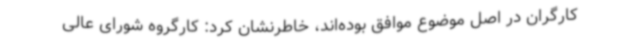
کارگران در اصل موضوع موافق بوده‌اند، خاطرنشان کرد: کارگروه شورای عالی